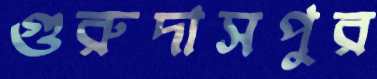
গুরুদাসপুর